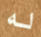
له